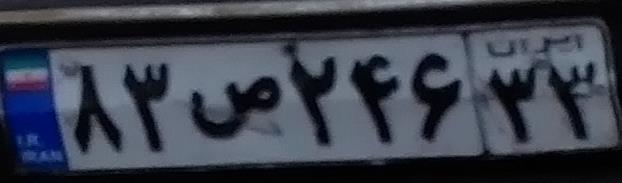
۸۳ص۲۴۶۳۳